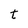
Character: t